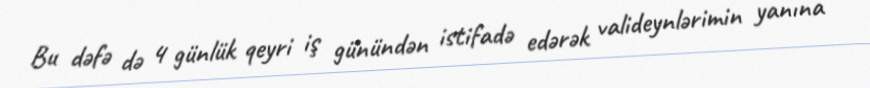
Bu dəfə də 4 günlük qeyri iş günündən istifadə edərək valideynlərimin yanına